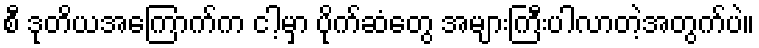
စီ ဒုတိယအကြောက်က ငါ့မှာ ပိုက်ဆံတွေ အများကြီးပါလာတဲ့အတွက်ပဲ။